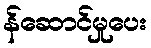
န်ဆောင်မှုပေး